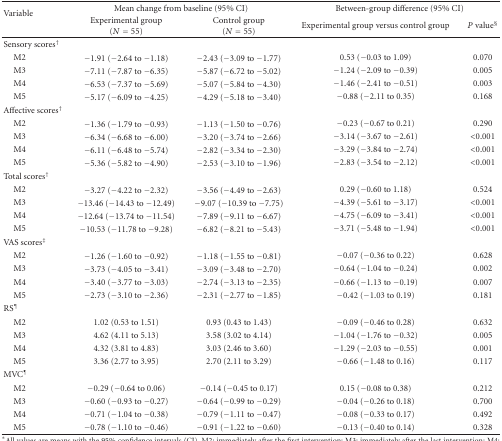
<table><thead><tr><td rowspan="2"><b>Variable</b></td><td colspan="2"><b>Mean change from baseline (95% CI)</b></td><td colspan="2"><b>Between-group difference (95% CI)</b></td></tr><tr><td><b>Experimental group(<i>N</i> = 55)</b></td><td><b>Control group(<i>N</i> = 55)</b></td><td><b>Experimental group versus control group</b></td><td><b><i>P</i> value<sup>§</sup></b></td></tr></thead><tbody><tr><td>Sensory scores<sup>†</sup></td><td> </td><td> </td><td> </td><td> </td></tr><tr><td> M2</td><td>−1.91 (−2.64 to −1.18)</td><td>−2.43 (−3.09 to −1.77)</td><td>0.53 (−0.03 to 1.09)</td><td>0.070</td></tr><tr><td> M3</td><td>−7.11 (−7.87 to −6.35)</td><td>−5.87 (−6.72 to −5.02)</td><td>−1.24 (−2.09 to −0.39)</td><td>0.005</td></tr><tr><td> M4</td><td>−6.53 (−7.37 to −5.69)</td><td>−5.07 (−5.84 to −4.30)</td><td>−1.46 (−2.41 to −0.51)</td><td>0.003</td></tr><tr><td> M5</td><td>−5.17 (−6.09 to −4.25)</td><td>−4.29 (−5.18 to −3.40)</td><td>−0.88 (−2.11 to 0.35)</td><td>0.168</td></tr><tr><td>Affective scores<sup>†</sup></td><td> </td><td> </td><td> </td><td> </td></tr><tr><td> M2</td><td>−1.36 (−1.79 to −0.93)</td><td>−1.13 (−1.50 to −0.76)</td><td>−0.23 (−0.67 to 0.21)</td><td>0.290</td></tr><tr><td> M3</td><td>−6.34 (−6.68 to −6.00)</td><td>−3.20 (−3.74 to −2.66)</td><td>−3.14 (−3.67 to −2.61)</td><td>&lt;0.001</td></tr><tr><td> M4</td><td>−6.11 (−6.48 to −5.74)</td><td>−2.82 (−3.34 to −2.30)</td><td>−3.29 (−3.84 to −2.74)</td><td>&lt;0.001</td></tr><tr><td> M5</td><td>−5.36 (−5.82 to −4.90)</td><td>−2.53 (−3.10 to −1.96)</td><td>−2.83 (−3.54 to −2.12)</td><td>&lt;0.001</td></tr><tr><td>Total scores<sup>†</sup></td><td> </td><td> </td><td> </td><td> </td></tr><tr><td> M2</td><td>−3.27 (−4.22 to −2.32)</td><td>−3.56 (−4.49 to −2.63)</td><td>0.29 (−0.60 to 1.18)</td><td>0.524</td></tr><tr><td> M3</td><td>−13.46 (−14.43 to −12.49)</td><td>−9.07 (−10.39 to −7.75)</td><td>−4.39 (−5.61 to −3.17)</td><td>&lt;0.001</td></tr><tr><td> M4</td><td>−12.64 (−13.74 to −11.54)</td><td>−7.89 (−9.11 to −6.67)</td><td>−4.75 (−6.09 to −3.41)</td><td>&lt;0.001</td></tr><tr><td> M5</td><td>−10.53 (−11.78 to −9.28)</td><td>−6.82 (−8.21 to −5.43)</td><td>−3.71 (−5.48 to −1.94)</td><td>&lt;0.001</td></tr><tr><td>VAS scores<sup>‡</sup></td><td> </td><td> </td><td> </td><td> </td></tr><tr><td> M2</td><td>−1.26 (−1.60 to −0.92)</td><td>−1.18 (−1.55 to −0.81)</td><td>−0.07 (−0.36 to 0.22)</td><td>0.628</td></tr><tr><td> M3</td><td>−3.73 (−4.05 to −3.41)</td><td>−3.09 (−3.48 to −2.70)</td><td>−0.64 (−1.04 to −0.24)</td><td>0.002</td></tr><tr><td> M4</td><td>−3.40 (−3.77 to −3.03)</td><td>−2.74 (−3.13 to −2.35)</td><td>−0.66 (−1.13 to −0.19)</td><td>0.007</td></tr><tr><td> M5</td><td>−2.73 (−3.10 to −2.36)</td><td>−2.31 (−2.77 to −1.85)</td><td>−0.42 (−1.03 to 0.19)</td><td>0.181</td></tr><tr><td>RS<sup>¶</sup></td><td> </td><td> </td><td> </td><td> </td></tr><tr><td> M2</td><td>1.02 (0.53 to 1.51)</td><td>0.93 (0.43 to 1.43)</td><td>−0.09 (−0.46 to 0.28)</td><td>0.632</td></tr><tr><td> M3</td><td>4.62 (4.11 to 5.13)</td><td>3.58 (3.02 to 4.14)</td><td>−1.04 (−1.76 to −0.32)</td><td>0.005</td></tr><tr><td> M4</td><td>4.32 (3.81 to 4.83)</td><td>3.03 (2.46 to 3.60)</td><td>−1.29 (−2.03 to −0.55)</td><td>0.001</td></tr><tr><td> M5</td><td>3.36 (2.77 to 3.95)</td><td>2.70 (2.11 to 3.29)</td><td>−0.66 (−1.48 to 0.16)</td><td>0.117</td></tr><tr><td>MVC<sup>¶</sup></td><td> </td><td> </td><td> </td><td> </td></tr><tr><td> M2</td><td>−0.29 (−0.64 to 0.06)</td><td>−0.14 (−0.45 to 0.17)</td><td>0.15 (−0.08 to 0.38)</td><td>0.212</td></tr><tr><td> M3</td><td>−0.60 (−0.93 to −0.27)</td><td>−0.64 (−0.99 to −0.29)</td><td>−0.04 (−0.26 to 0.18)</td><td>0.700</td></tr><tr><td> M4</td><td>−0.71 (−1.04 to −0.38)</td><td>−0.79 (−1.11 to −0.47)</td><td>−0.08 (−0.33 to 0.17)</td><td>0.492</td></tr><tr><td> M5</td><td>−0.78 (−1.10 to −0.46)</td><td>−0.91 (−1.22 to −0.60)</td><td>−0.13 (−0.40 to 0.14)</td><td>0.328</td></tr></tbody></table>